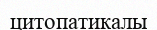
цитопатикалы